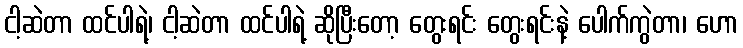
ငါ့ဆဲတာ ထင်ပါရဲ့၊ ငါ့ဆဲတာ ထင်ပါရဲ့ ဆိုပြီးတော့ တွေးရင်း တွေးရင်းနဲ့ ပေါက်ကွဲတာ၊ ဟော